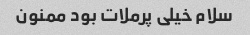
سلام خیلی پرملات بود ممنون